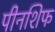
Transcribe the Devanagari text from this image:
पीनशिफ